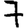
Digit: 7